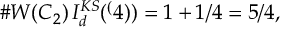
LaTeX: \# W ( C _ { 2 } ) \, I _ { d } ^ { K S } ( \sp ( 4 ) ) = 1 + 1 / 4 = 5 / 4 ,